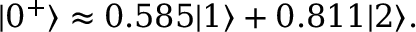
| 0 ^ { + } \rangle \approx 0 . 5 8 5 | 1 \rangle + 0 . 8 1 1 | 2 \rangle .